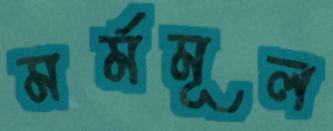
মর্মমূল